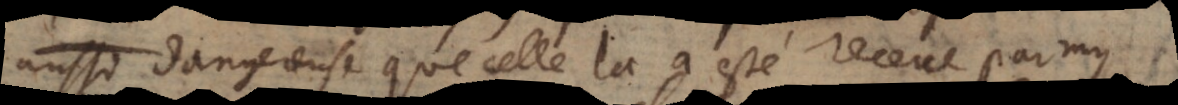
aussi dangereuse que celle là a esté receue parmy